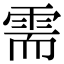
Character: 需